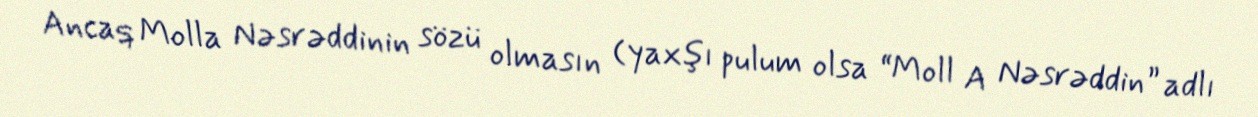
Ancaq Molla Nəsrəddinin sözü olmasın (yaxşı pulum olsa “Moll A Nəsrəddin” adlı